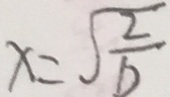
x = \sqrt { \frac { 2 } { b } }